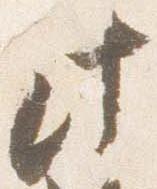
此